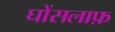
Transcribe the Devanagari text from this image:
घोंसलाफ़